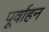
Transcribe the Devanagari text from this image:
पूर्वाहन